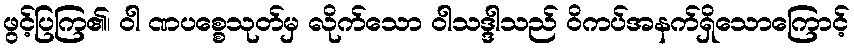
ဖွင့်ပြကြ၏၊ ဝါ ဏပစ္စေသုတ်မှ လိုက်သော ဝါသဒ္ဒါသည် ဝိကပ်အနက်ရှိသောကြောင့်